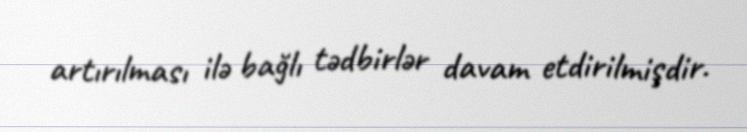
artırılması ilə bağlı tədbirlər davam etdirilmişdir.